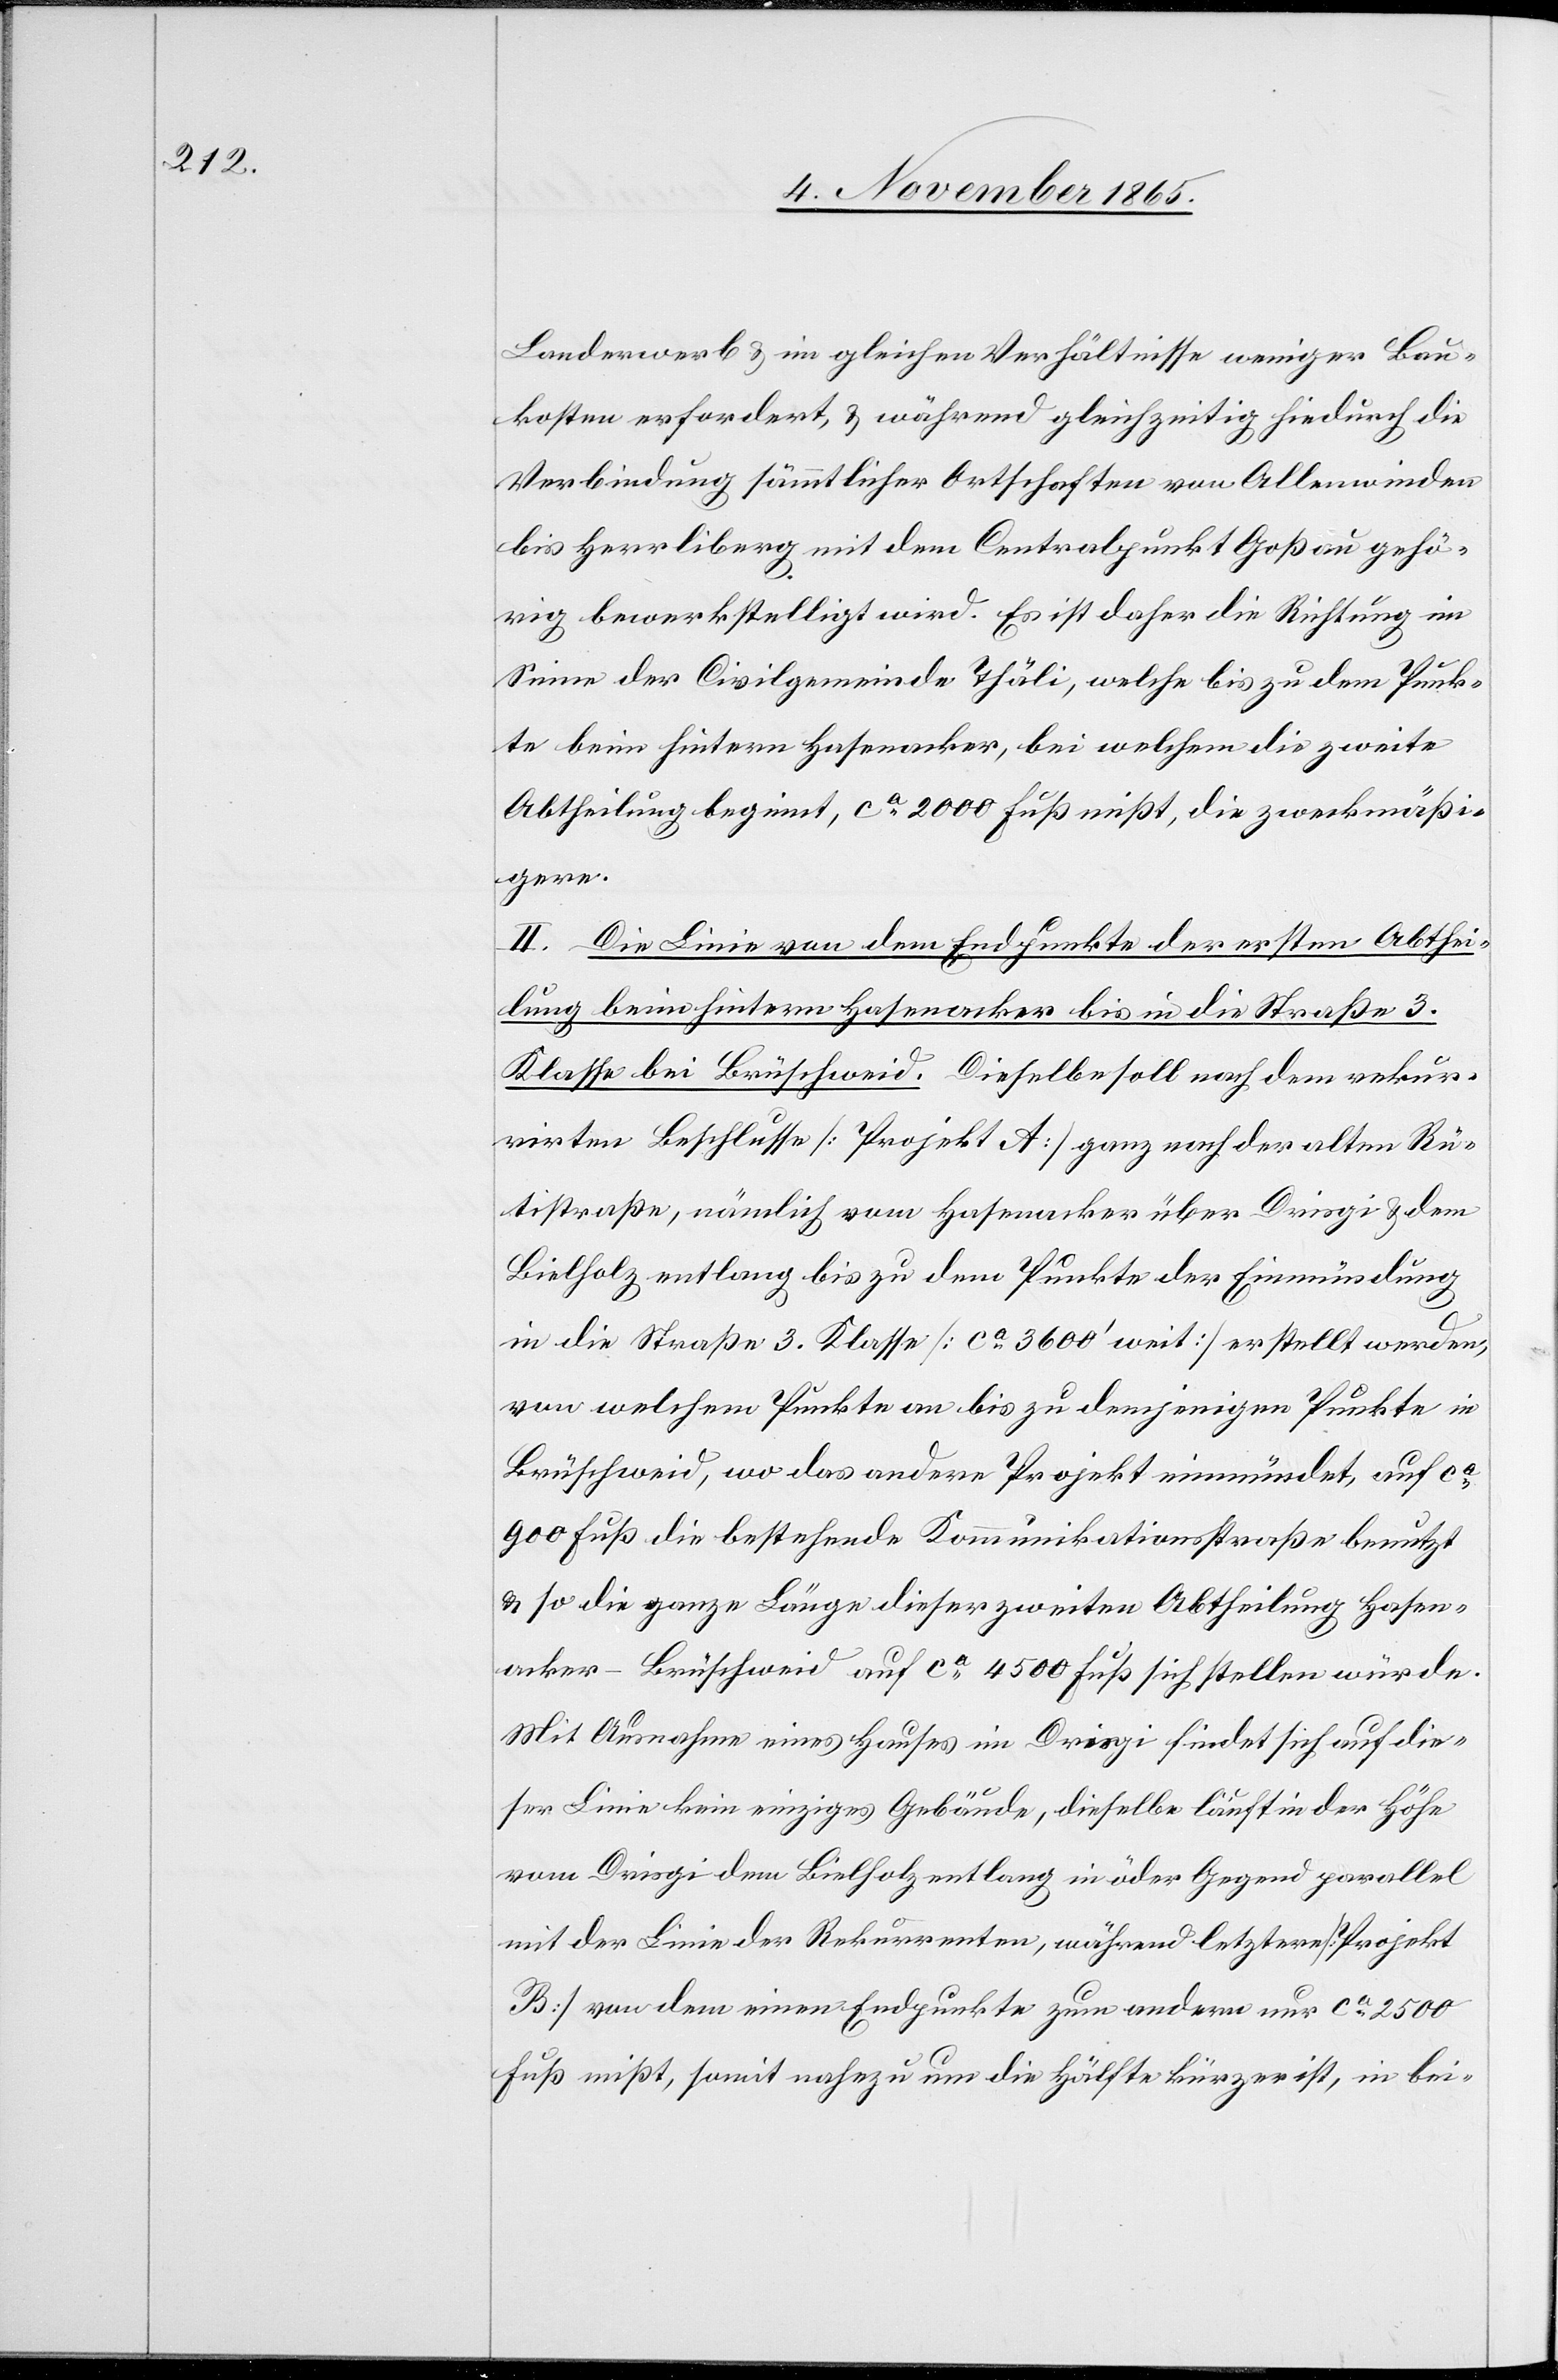
Landerwerb & im gleichen Verhältnisse weniger Bau¬
kosten erfordert, & während gleichzeitig hiedurch die
Verbindung sämmtlicher Ortschaften von Allenwinden
bis Herrliberg mit dem Centralpunkt Goßau gehö¬
rig bewerkstelligt wird. Es ist daher die Richtung im
Sinne der Civilgemeinde Thäli, welche bis zu dem Punk¬
te beim hintern Hasenacker, bei welchem die zweite
Abtheilung beginnt, ca 2000 Fuß mißt, die zweckmäßi¬
gere.
II. Die Linie von dem Endpunkte der ersten Abthei¬
lung beim hintern Hasenacker bis in die Straße 3.
Klasse bei Brüschweid. Dieselbe soll nach dem rekur¬
rirten Beschlusse [Projekt A] ganz nach der alten Rü¬
tistraße, nämlich vom Hasenacker über Drisgi & dem
Bielholz entlang bis zu dem Punkte der Einmündung
in die Straße 3. Klasse [ca 3600’ weit] erstellt werden,
von welchem Punkte an bis zu demjenigen Punkte in
Brüschweid, wo das andere Projekt einmündet, auf ca
900 Fuß die bestehende Kommunikationsstraße benutzt
& so die ganze Länge dieser zweiten Abtheilung Hasen¬
acker–Brüschweid auf ca 4500 Fuß sich stellen würde.
Mit Ausnahme eines Hauses im Drisgi findet sich auf die¬
ser Linie kein einziges Gebäude, dieselbe läuft in der Höhe
vom Drisgi dem Bielholz entlang in öder Gegend parallel
mit der Linie der Rekurrenten, während letztere [Projekt
B] von dem einen Endpunkte zum andern nur ca 2500
Fuß mißt, somit nahezu um die Hälfte kürzer ist, in bei-